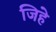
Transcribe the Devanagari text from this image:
जिहे